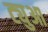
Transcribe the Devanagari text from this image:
ट्युआ